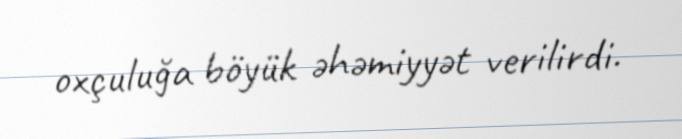
oxçuluğa böyük əhəmiyyət verilirdi.